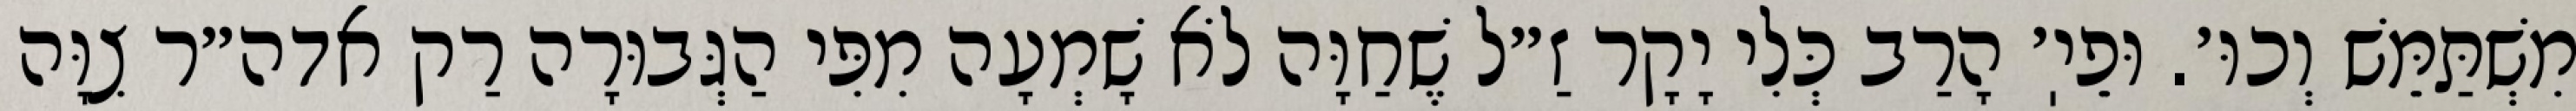
מִשְׁתַּמֵּשׁ וְכוּ׳. וּפֵיֽ׳ הָרַב כְּלִי יָקָר זַ״ל שֶׁחַוָּה לֹא שָׁמְעָה מִפִּי הַגְּבוּרָה רַק אדה״ר צִוָּה